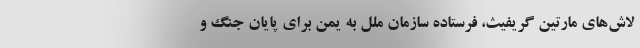
لاش‌های مارتین گریفیث، فرستاده سازمان ملل به یمن برای پایان جنگ و